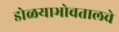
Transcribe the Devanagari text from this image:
डोळयाभोवतालचे